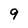
Character: 9